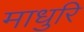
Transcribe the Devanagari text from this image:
माधुरि